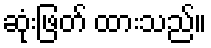
ဆုံးဖြတ် ထားသည်။